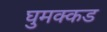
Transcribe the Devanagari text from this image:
घुमक्कड